Annual report of the Punjab Veterinary College and of the Civil Veterinary Department, Punjab - 1926-1932
Year: 1926
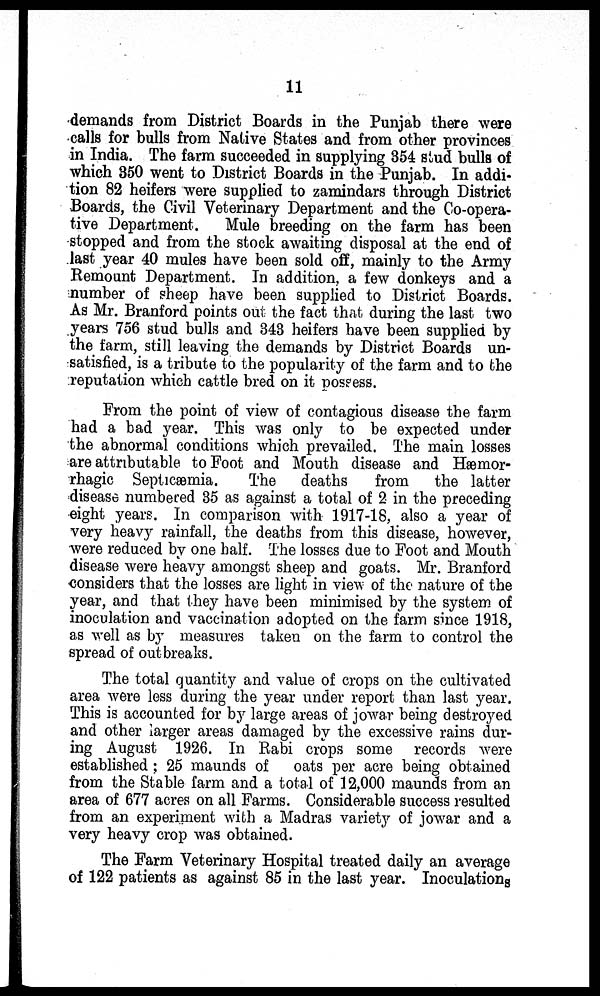
11
demands from District Boards in the Punjab there were
calls for bulls from Native States and from other provinces
in India. The farm succeeded in supplying 354 stud bulls of
which 350 went to District Boards in the Punjab. In addi-
tion 82 heifers were supplied to zamindars through District
Boards, the Civil Veterinary Department and the Co-opera-
tive Department.
Mule breeding on the farm has been
stopped and from the stock awaiting disposal at the end of
last year 40 mules have been sold off, mainly to the Army
Remount Department. In addition, a few donkeys and a
number of sheep have been supplied to District Boards.
As Mr. Branford points out the fact that during the last two
years 756 stud bulls and 343 heifers have been supplied by
the farm, still leaving the demands by District Boards un-
satisfied, is a tribute to the popularity of the farm and to the
reputation which cattle bred on it possess.
From the point of view of contagious disease the farm
had a bad year. This was only to be expected under
the abnormal conditions which prevailed. The main losses
are attributable to Foot and Mouth disease and Hæmor-
rhagic Septicæmia.
The deaths
from
the latter
disease numbered 35 as against a total of 2 in the preceding
eight years. In comparison with 1917-18, also a year of
very heavy rainfall, the deaths from this disease, however,
were reduced by one half. The losses due to Foot and Mouth
disease were heavy amongst sheep and goats. Mr. Branford
considers that the losses are light in view of the nature of the
year, and that they have been minimised by the system of
inoculation and vaccination adopted on the farm since 1918,
as well as by measures taken on the farm to control the
spread of outbreaks.
The total quantity and value of crops on the cultivated
area were less during the year under report than last year.
This is accounted for by large areas of jowar being destroyed
and other larger areas damaged by the excessive rains dur-
ing August 1926. In Rabi crops some records were
established; 25 maunds of oats per acre being obtained
from the Stable farm and a total of 12,000 maunds from an
area of 677 acres on all Farms. Considerable success resulted
from an experiment with a Madras variety of jowar and a
very heavy crop was obtained.
The Farm Veterinary Hospital treated daily an average
of 122 patients as against 85 in the last year. Inoculations